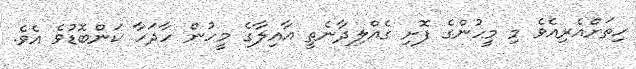
ހިތަށްއެރިއެވެ މި މީހުންގެ ފޮށި ގެއްލިދާނެތީ އާއިލާގެ މީހުން ހާދަހާ ކަންބޮޑުވެ އެވެ.